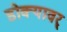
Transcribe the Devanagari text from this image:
डोक्यावर्